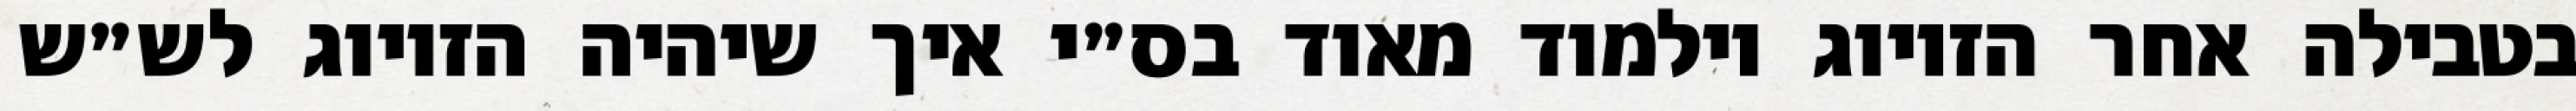
בטבילה אחר הזיווג וילמוד מאוד בס״י איך שיהיה הזיווג לש״ש